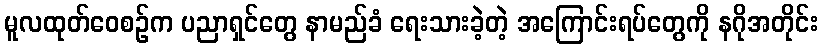
မူလထုတ်ဝေစဉ်က ပညာရှင်တွေ နာမည်ခံ ရေးသားခဲ့တဲ့ အကြောင်းရပ်တွေကို နဂိုအတိုင်း